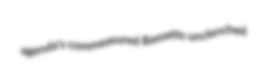
agenda's commeasured Bassetts unclenched